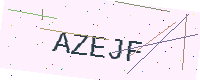
Text: AZEJF